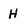
Character: h